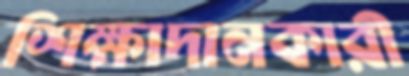
শিক্ষাদানকারী